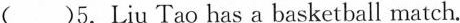
( )5.Liu Tao has a basketball match.